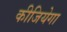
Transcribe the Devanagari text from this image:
कीजियेगा